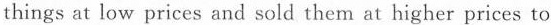
things at low prices and sold them at higher prices to